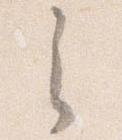
之